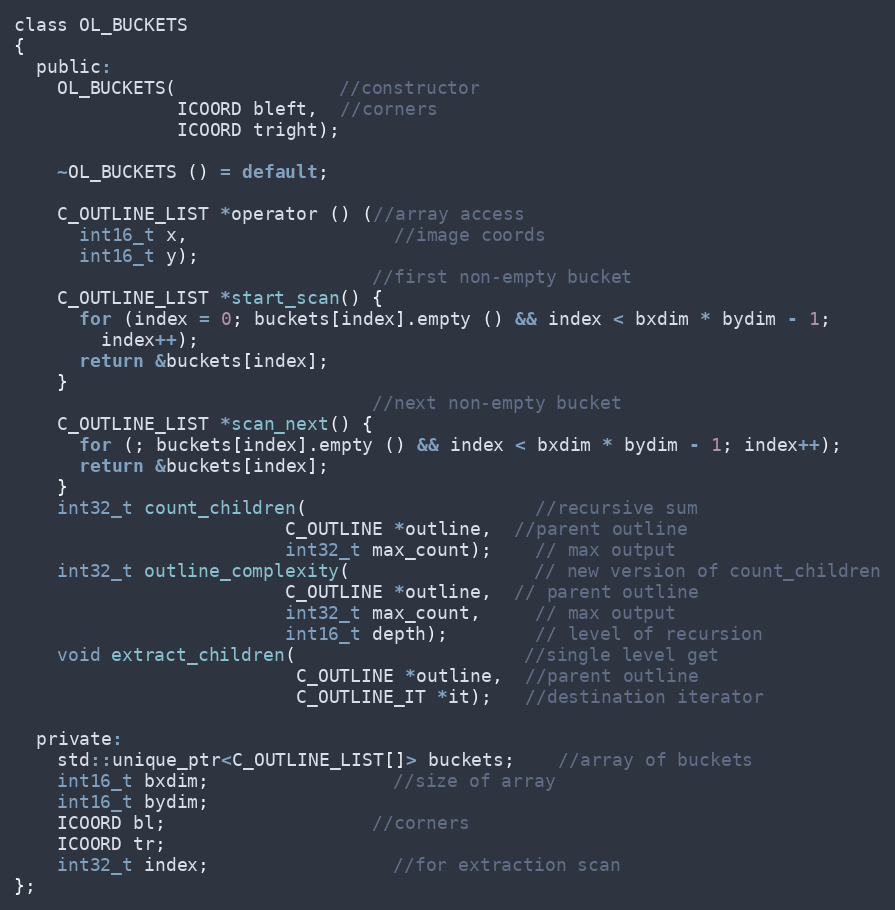
Language: C
class OL_BUCKETS
{
  public:
    OL_BUCKETS(               //constructor
               ICOORD bleft,  //corners
               ICOORD tright);

    ~OL_BUCKETS () = default;

    C_OUTLINE_LIST *operator () (//array access
      int16_t x,                   //image coords
      int16_t y);
                                 //first non-empty bucket
    C_OUTLINE_LIST *start_scan() {
      for (index = 0; buckets[index].empty () && index < bxdim * bydim - 1;
        index++);
      return &buckets[index];
    }
                                 //next non-empty bucket
    C_OUTLINE_LIST *scan_next() {
      for (; buckets[index].empty () && index < bxdim * bydim - 1; index++);
      return &buckets[index];
    }
    int32_t count_children(                     //recursive sum
                         C_OUTLINE *outline,  //parent outline
                         int32_t max_count);    // max output
    int32_t outline_complexity(                 // new version of count_children
                         C_OUTLINE *outline,  // parent outline
                         int32_t max_count,     // max output
                         int16_t depth);        // level of recursion
    void extract_children(                     //single level get
                          C_OUTLINE *outline,  //parent outline
                          C_OUTLINE_IT *it);   //destination iterator

  private:
    std::unique_ptr<C_OUTLINE_LIST[]> buckets;    //array of buckets
    int16_t bxdim;                 //size of array
    int16_t bydim;
    ICOORD bl;                   //corners
    ICOORD tr;
    int32_t index;                 //for extraction scan
};